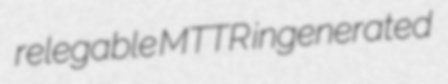
relegable MTTR ingenerated